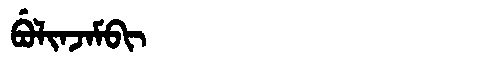
Manchu: ᠪᡠᠯᡳᠨᠵᠠᠮᠪᡳ
Romanization: BULINJAMBI